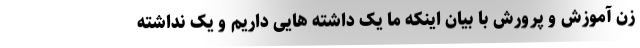
زن آموزش و پرورش با بیان اینکه ما یک داشته هایی داریم و یک نداشته